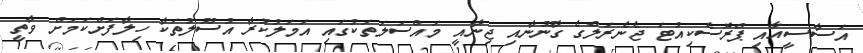
އަސާސީއާއި ޕްރޮސެކިއުޓަ ޖެނެރަލްގެ ގާނޫނާއި ޖިނާއީ މައްސަލަތަކުގައި އަމަލުކުރާ އުސޫލުތަކާ ހިލާފަށްކަމަށް ވާތީ